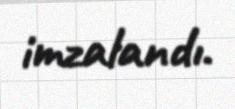
imzalandı.